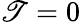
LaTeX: \mathscr{T}=0